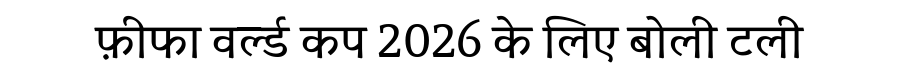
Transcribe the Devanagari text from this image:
फ़ीफा वर्ल्ड कप 2026 के लिए बोली टली